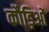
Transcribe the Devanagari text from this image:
कौड़िओं